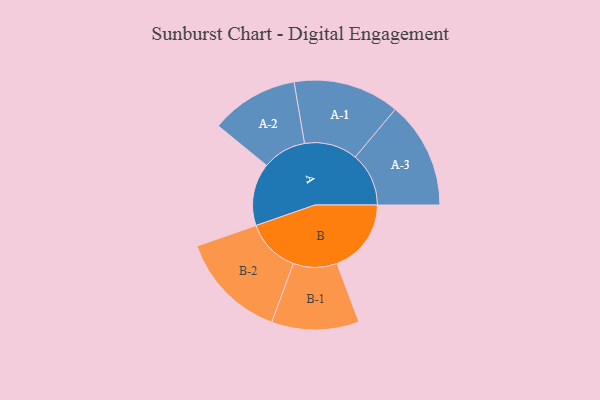
{"axis": {"x": "Segment", "y": "Value"}, "legend": ["", "A", "B"], "data": [{"x": "A", "y": 332, "type": ""}, {"x": "B", "y": 394, "type": ""}, {"x": "A-1", "y": 282, "type": "A"}, {"x": "A-2", "y": 233, "type": "A"}, {"x": "A-3", "y": 284, "type": "A"}, {"x": "B-1", "y": 232, "type": "B"}, {"x": "B-2", "y": 287, "type": "B"}]}